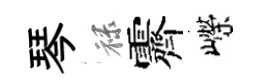
琴禄霽嶸